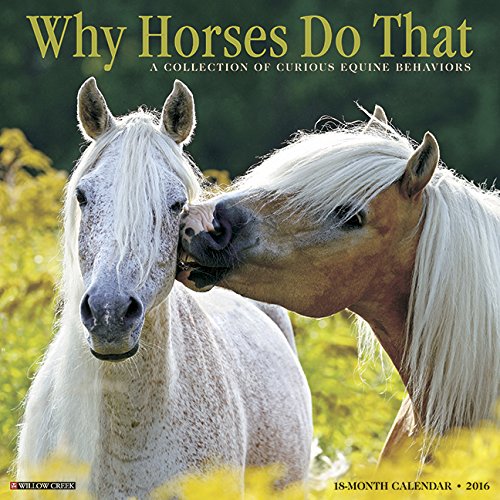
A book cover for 2016 Why Horses Do That Wall Calendar; Willow Creek Press; Calendars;